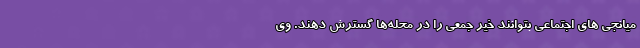
میانجی های اجتماعی بتوانند خیر جمعی را در محله‌ها گسترش دهند. وی